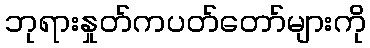
ဘုရားနှုတ်ကပတ်တော်များကို